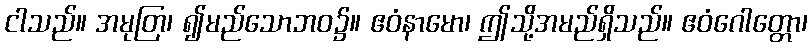
ငါသည်။ အမုတြ၊ ၍မည်သောဘဝ၌။ ဧဝံနာမော၊ ဤသို့အမည်ရှိသည်။ ဧဝံဂေါတ္တော၊